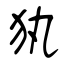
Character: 犱